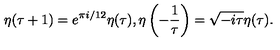
\eta ( \tau + 1 ) = e ^ { \pi i / 1 2 } \eta ( \tau ) , \eta \left( - \frac { 1 } { \tau } \right) = \sqrt { - i \tau } \eta ( \tau ) .